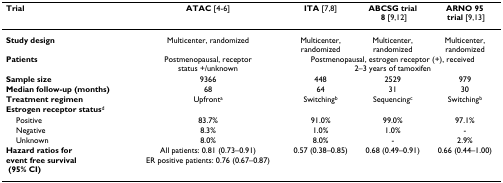
<table><thead><tr><td><b>Trial</b></td><td><b>ATAC [4-6]</b></td><td><b>ITA [7,8]</b></td><td><b>ABCSG trial 8 [9,12]</b></td><td><b>ARNO 95 trial [9,13]</b></td></tr></thead><tbody><tr><td><b>Study design</b></td><td>Multicenter, randomized</td><td>Multicenter, randomized</td><td>Multicenter, randomized</td><td>Multicenter, randomized</td></tr><tr><td><b>Patients</b></td><td>Postmenopausal, receptor status +/unknown</td><td colspan="3">Postmenopausal, estrogen receptor (+), received 2–3 years of tamoxifen</td></tr><tr><td><b>Sample size</b></td><td>9366</td><td>448</td><td>2529</td><td>979</td></tr><tr><td><b>Median follow-up (months)</b></td><td>68</td><td>64</td><td>31</td><td>30</td></tr><tr><td><b>Treatment regimen</b></td><td>Upfront<sup>a</sup></td><td>Switching<sup>b</sup></td><td>Sequencing<sup>c</sup></td><td>Switching<sup>b</sup></td></tr><tr><td><b>Estrogen receptor status</b><sup>d</sup></td><td></td><td></td><td></td><td></td></tr><tr><td> Positive</td><td>83.7%</td><td>91.0%</td><td>99.0%</td><td>97.1%</td></tr><tr><td> Negative</td><td>8.3%</td><td>1.0%</td><td>1.0%</td><td>-</td></tr><tr><td> Unknown</td><td>8.0%</td><td>8.0%</td><td>-</td><td>2.9%</td></tr><tr><td><b>Hazard ratios for</b><b>event free survival </b><b> (95% CI)</b></td><td>All patients: 0.81 (0.73–0.91)ER positive patients: 0.76 (0.67–0.87)</td><td>0.57 (0.38–0.85)</td><td>0.68 (0.49–0.91)</td><td>0.66 (0.44–1.00)</td></tr></tbody></table>